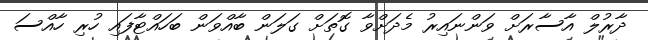
ދާރުލް އާސާރަށް ވަންނައިރު މެދަށްވާ ގޮތަށް ގަލަން ބާއްވަން ބަހައްޓާފައި ހުރި ހާއްސަ